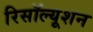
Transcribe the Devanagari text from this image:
रिसॉल्यूशन